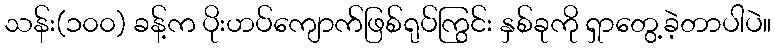
သန်း(၁၀၀) ခန့်က ပိုးဟပ်ကျောက်ဖြစ်ရုပ်ကြွင်း နှစ်ခုကို ရှာတွေ့ခဲ့တာပါပဲ။